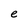
Character: e